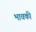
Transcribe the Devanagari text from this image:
भावकी